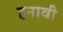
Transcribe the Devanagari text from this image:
हनावी